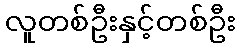
လူတစ်ဦးနှင့်တစ်ဦး